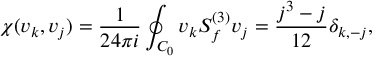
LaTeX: \chi ( v _ { k } , v _ { j } ) = { \frac { 1 } { 2 4 \pi i } } \oint _ { { \cal C } _ { 0 } } v _ { k } { \cal S } _ { f } ^ { ( 3 ) } v _ { j } = { \frac { j ^ { 3 } - j } { 1 2 } } \delta _ { k , - j } ,